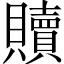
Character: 贖